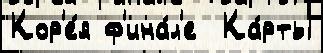
Кор'е́я ф'ина́л'е  Ка́рты